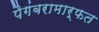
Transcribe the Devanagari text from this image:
पैगंबरामार्फत